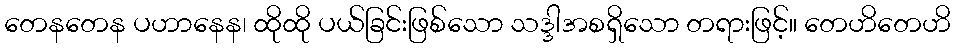
တေနတေန ပဟာနေန၊ ထိုထို ပယ်ခြင်းဖြစ်သော သဒ္ဒါအစရှိသော တရားဖြင့်။ တေဟိတေဟိ